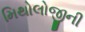
મિથોલોજીની